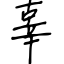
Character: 辜